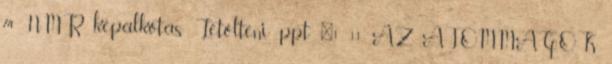
74 NMR képalkotás Letölteni ppt "1 11. AZ ATOMMAGOK